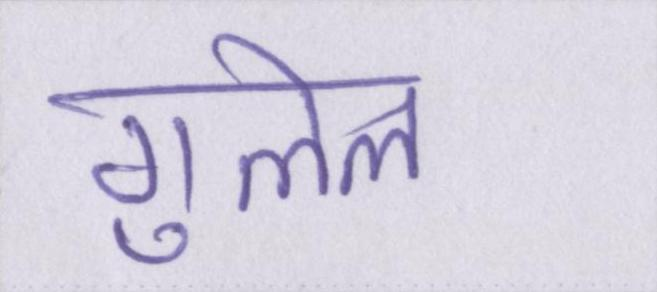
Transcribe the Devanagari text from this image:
गुलेल